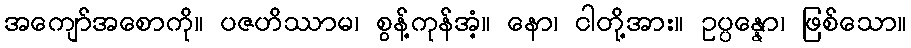
အကျော်အစောကို။ ပဇဟိဿာမ၊ စွန့်ကုန်အံ့။ နော၊ ငါတို့အား။ ဥပ္ပန္နော၊ ဖြစ်သော။